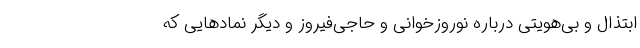
ابتذال و بی‌هویتی درباره نوروزخوانی و حاجی‌فیروز و دیگر نمادهایی که